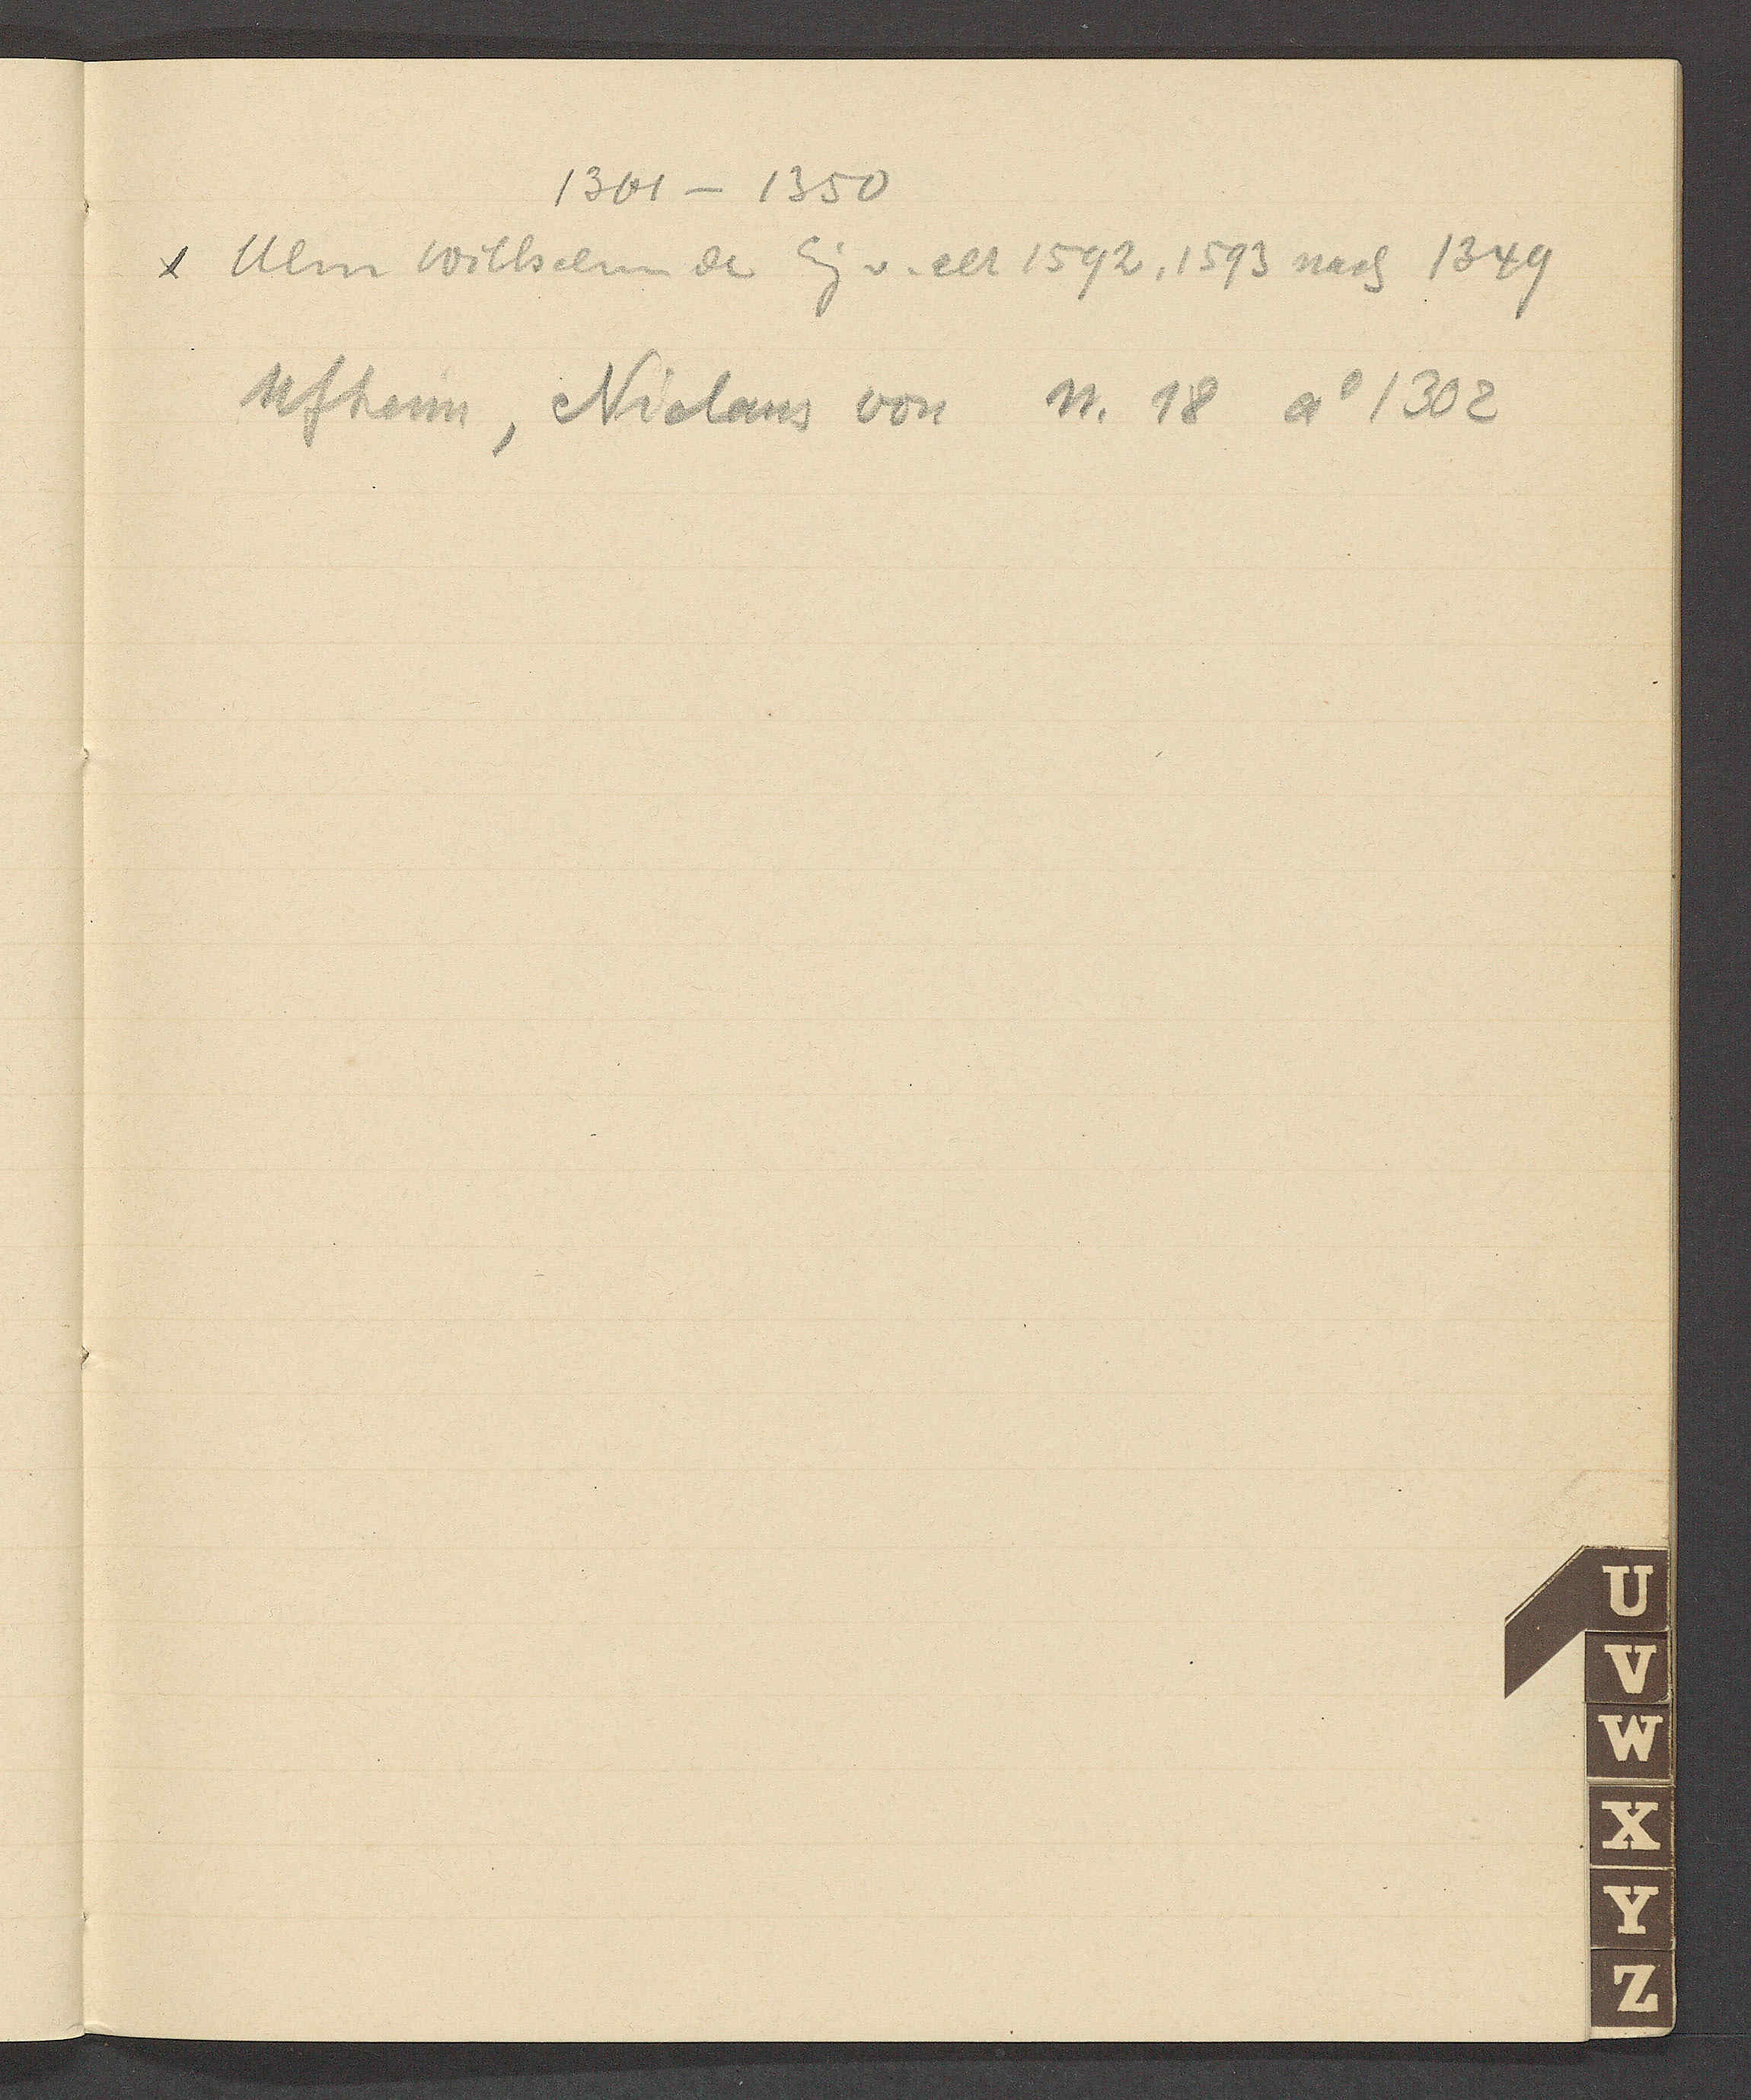
Transcript:
1301 – 1350
Ulm Wilhelm de Eig v. alt 1592, 1593 nach 1349
Ufheim, Niclaus von N. 18 Ao 1302